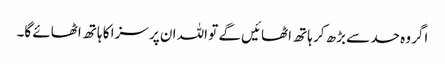
اگر وہ حد سے بڑھ کر ہاتھ اٹھائیں گے تو اللہ ان پر سزا کا ہاتھ اٹھائے گا۔